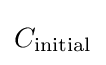
C_{\text{initial}}